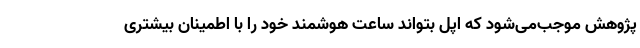
پژوهش موجب‌می‌شود که اپل بتواند ساعت هوشمند خود را با اطمینان بیشتری